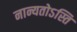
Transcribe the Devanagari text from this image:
नान्यतोऽस्ति